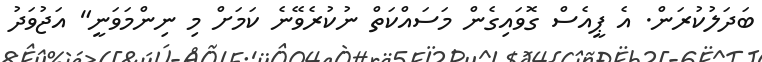
ބަދަލުކުރަން. އެ ޕީއެސް ގޮވައިގެން މަސައްކަތް ނުކުރެވޭނެ ކަމަށް މި ނިންމަވަނީ" އަޖުވަދު